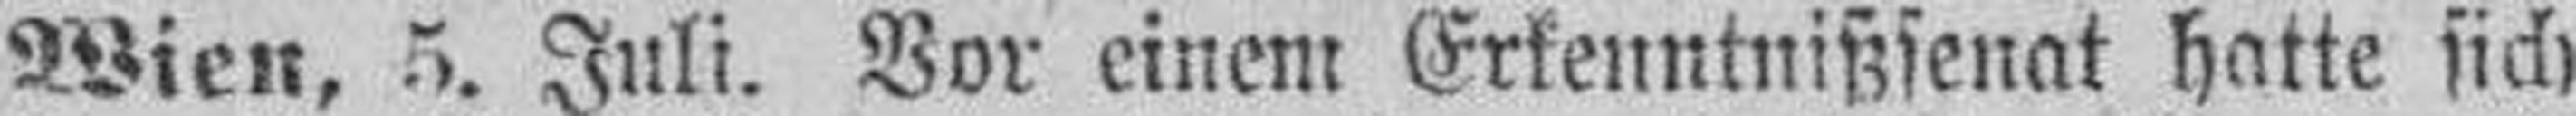
Wien, 5. Juli. Vor einem Erkenntnißsenat hatte sich